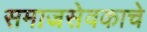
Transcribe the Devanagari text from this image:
समाजसेवकाचे